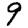
Digit: 9